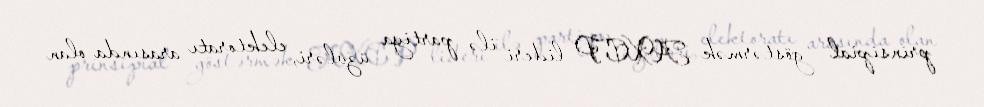
prinsipial göstərmək AXCP lideri ilə partiya üzvləri, elektoratı arasında olan